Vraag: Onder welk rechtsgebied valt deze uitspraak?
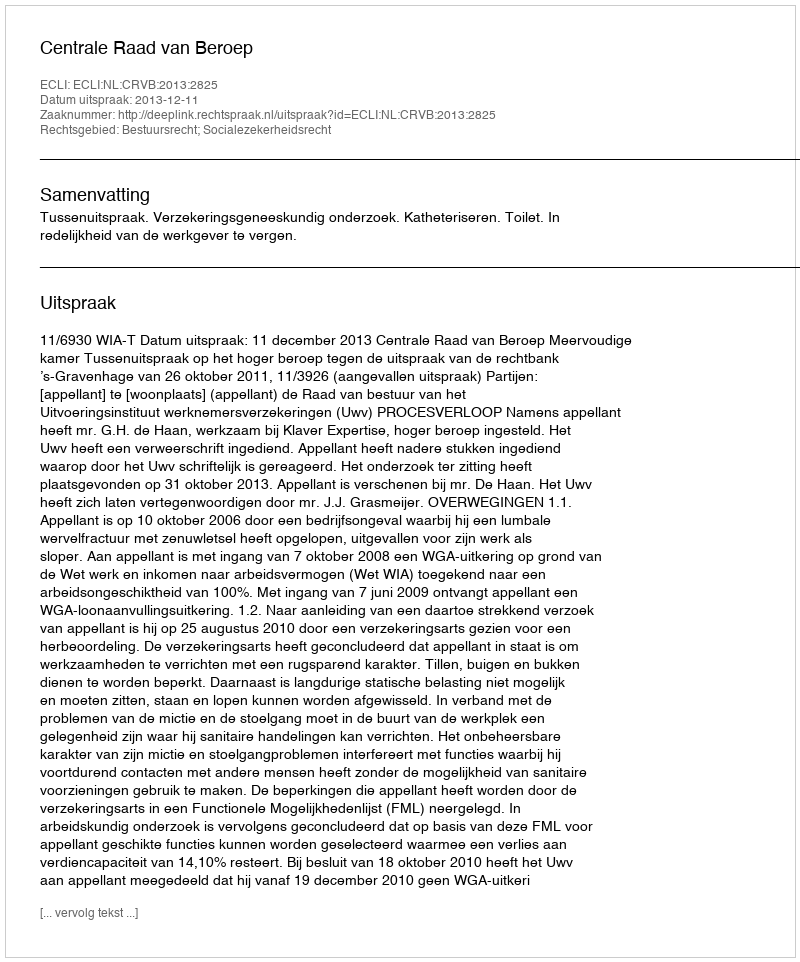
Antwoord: Bestuursrecht; Socialezekerheidsrecht